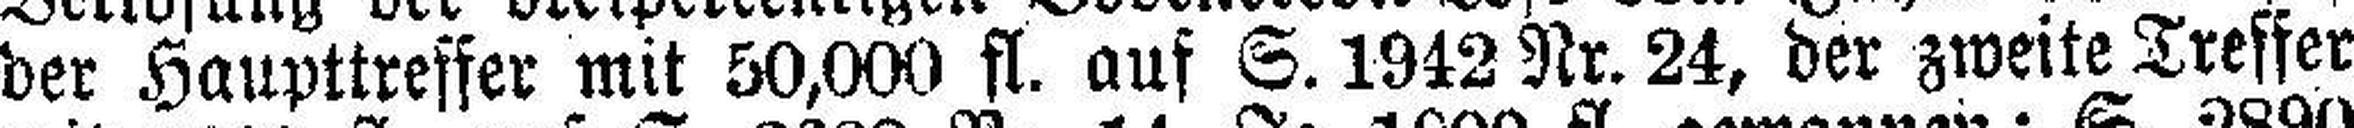
der Haupttreffer mit 50,000 fl. auf S. 1942 Nr. 24, der zweite Treffer